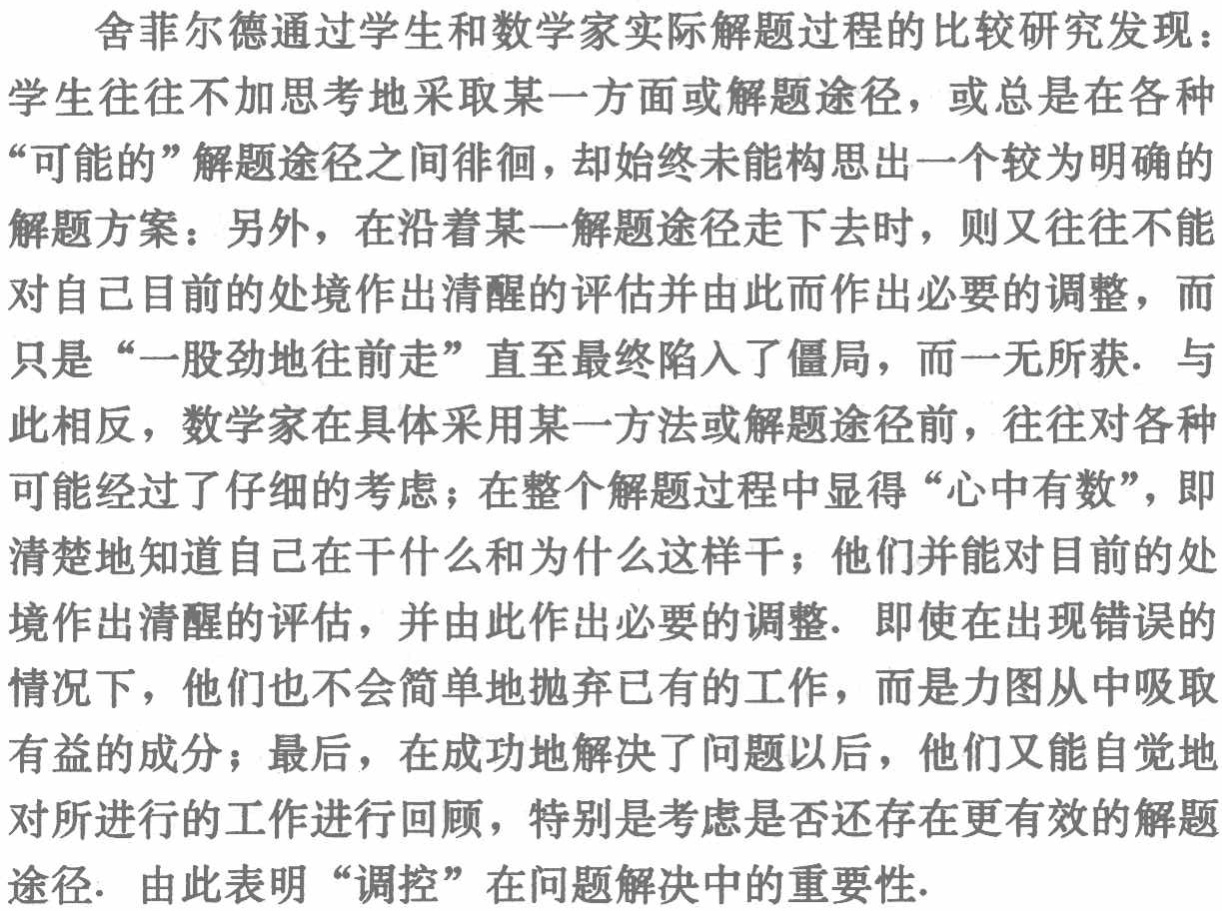
舍菲尔德通过学生和数学家实际解题过程的比较研究发现：学生往往不加思考地采取某一方面或解题途径，或总是在各种“可能的”解题途径之间徘徊，却始终未能构思出一个较为明确的解题方案：另外，在沿着某一解题途径走下去时，则又往往不能对自己目前的处境作出清醒的评估并由此而作出必要的调整，而只是“一股劲地往前走”直至最终陷入了僵局，而一无所获. 与此相反，数学家在具体采用某一方法或解题途径前，往往对各种可能经过了仔细的考虑；在整个解题过程中显得“心中有数”，即清楚地知道自己在干什么和为什么这样干；他们并能对目前的处境作出清醒的评估，并由此作出必要的调整. 即使在出现错误的情况下，他们也不会简单地抛弃已有的工作，而是力图从中吸取有益的成分；最后，在成功地解决了问题以后，他们又能自觉地对所进行的工作进行回顾，特别是考虑是否还存在更有效的解题途径. 由此表明“调控”在问题解决中的重要性.